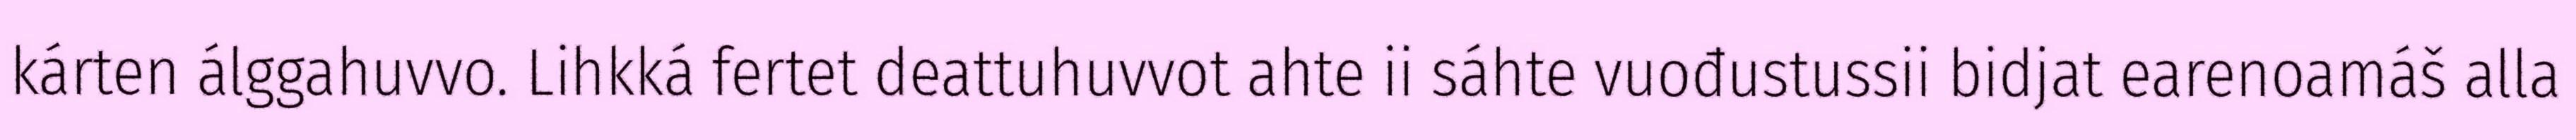
kárten álggahuvvo. Lihkká fertet deattuhuvvot ahte ii sáhte vuođustussii bidjat earenoamáš alla